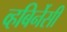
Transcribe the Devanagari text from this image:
व्हबिर्नेसी